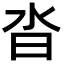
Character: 沓